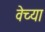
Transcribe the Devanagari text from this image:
वेच्या